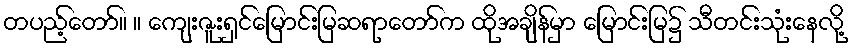
တပည့်တော်။ ။ ကျေးဇူးရှင်မြောင်းမြဆရာတော်က ထိုအချိန်မှာ မြောင်းမြ၌ သီတင်းသုံးနေလို့